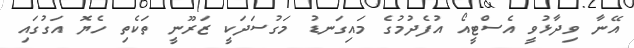
އޭނާ ވިދާޅުވީ އެސްޓީއޯ އުފެދުމުގެ މައިގަނޑު މަގުސަދަކީ ޒަރޫނީ ތަކެތި ހެޔޮ އަގުގައި